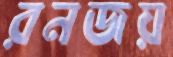
রনজয়